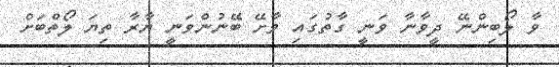
ވާ ލޯބިންނޭ ދީވާނާ ވަނީ ގާތުގައި ވާށޭ ބޭނުންވަނީ ޔާރާ ތިޔަ ލޯތްބަށް